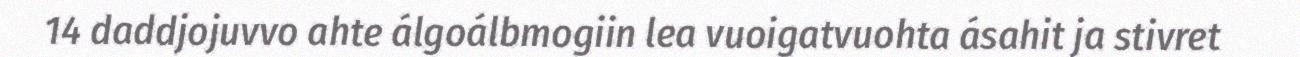
14 daddjojuvvo ahte álgoálbmogiin lea vuoigatvuohta ásahit ja stivret